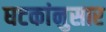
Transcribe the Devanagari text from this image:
घटकांनुसार